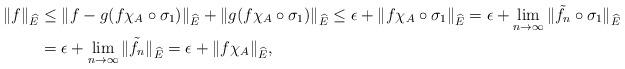
LaTeX: \begin{align*}\|f\|_{\widehat{E}}&\leq \|f-g(f\chi_A\circ \sigma_1)\|_{\widehat{E}}+\|g(f\chi_A\circ \sigma_1)\|_{\widehat{E}}\leq \epsilon+\|f\chi_A\circ \sigma_1\|_{\widehat{E}}=\epsilon+\lim_{n\to\infty}\|\tilde{f_n}\circ \sigma_1\|_{\widehat{E}}\\&=\epsilon+\lim_{n\to\infty}\|\tilde{f_n}\|_{\widehat{E}}=\epsilon+\|f\chi_A\|_{\widehat{E}},\end{align*}